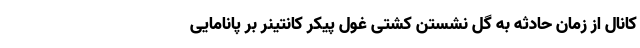
کانال از زمان حادثه به گل نشستن کشتی غول پیکر کانتینر بر پانامایی